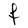
Character: F